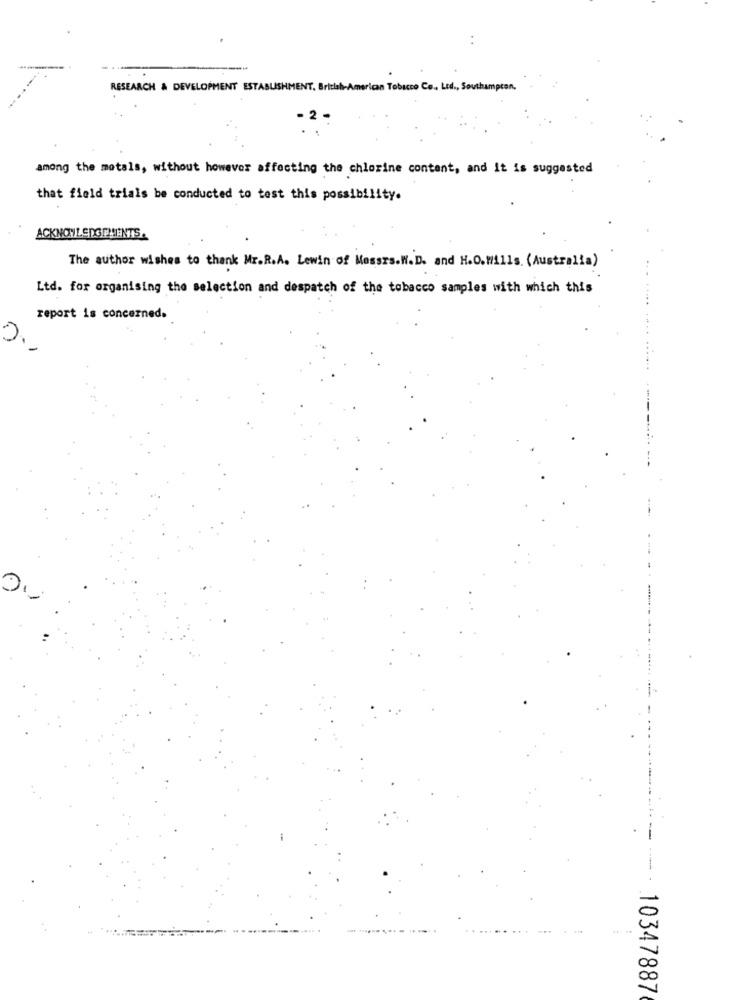
RESEARCH & DEVELOPMENT ESTABLISHMENT, British American Tobacco Co ., Ltd ., Southampton,
2
among the motals, without however affecting the chlorine content, and It is suggested
that field trials be conducted to test this possibility.
ACKNOWLEDGEMENTS.
The author wishes to thank Mr.R.A. Lewin of Messrs.W.D. and H.O. Wills. (Australia)
Ltd. for organising the selection and despatch of the tobacco samples with which this
report is concerned.
-----
10347887